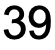
39